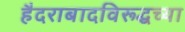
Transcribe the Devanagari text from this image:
हैदराबादविरूद्धच्या